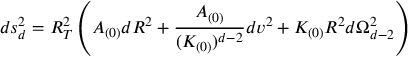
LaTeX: d s _ { d } ^ { 2 } = R _ { T } ^ { 2 } \left( A _ { ( 0 ) } d R ^ { 2 } + \frac { A _ { ( 0 ) } } { ( K _ { ( 0 ) } ) ^ { d - 2 } } d v ^ { 2 } + K _ { ( 0 ) } R ^ { 2 } d \Omega _ { d - 2 } ^ { 2 } \right)